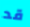
قد